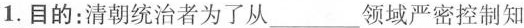
1.目的：清朝统治者为了从___领域严密控制知